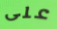
على